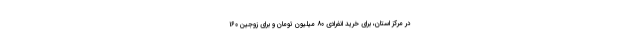
در مرکز استان، برای خرید انفرادی ۸۰ میلیون تومان و برای زوجین ۱۶۰